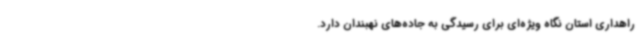
راهداری استان نگاه ویژه‌ای برای رسیدگی به جاده‌های نهبندان دارد.